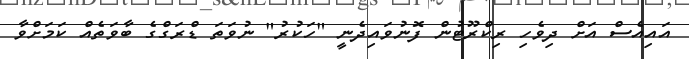
އައިއެސް އަށް ދިވެހި ރިކްރޫޓުން ފޮނުވައިދެނީ "ހަކުރު" ނުވަތަ ޑްރަގްގެ ބާވަތެއް ކަމަށްވާ